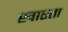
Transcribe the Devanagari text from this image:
खास्ता